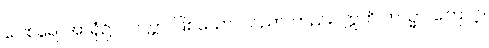
ဂေါစရေ၊ အာရုံ၌။ ပဝတ္တာ၊ ဖြစ်သော။ သညာ၊ တည်း။ ဣတိ တသ္မာ၊ ကြောင့်။